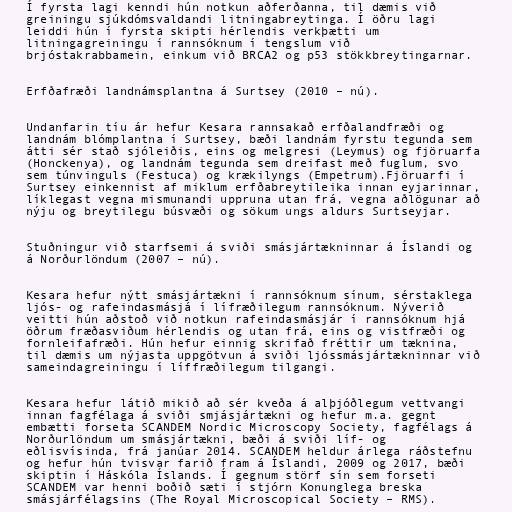
Í fyrsta lagi kenndi hún notkun aðferðanna, til dæmis við
greiningu sjúkdómsvaldandi litningabreytinga. Í öðru lagi
leiddi hún í fyrsta skipti hérlendis verkþætti um
litningagreiningu í rannsóknum í tengslum við
brjóstakrabbamein, einkum við BRCA2 og p53 stökkbreytingarnar.

Erfðafræði landnámsplantna á Surtsey (2010 – nú).

Undanfarin tíu ár hefur Kesara rannsakað erfðalandfræði og
landnám blómplantna í Surtsey, bæði landnám fyrstu tegunda sem
átti sér stað sjóleiðis, eins og melgresi (Leymus) og fjöruarfa
(Honckenya), og landnám tegunda sem dreifast með fuglum, svo
sem túnvinguls (Festuca) og krækilyngs (Empetrum).Fjöruarfi í
Surtsey einkennist af miklum erfðabreytileika innan eyjarinnar,
líklegast vegna mismunandi uppruna utan frá, vegna aðlögunar að
nýju og breytilegu búsvæði og sökum ungs aldurs Surtseyjar.

Stuðningur við starfsemi á sviði smásjártækninnar á Íslandi og
á Norðurlöndum (2007 – nú).

Kesara hefur nýtt smásjártækni í rannsóknum sínum, sérstaklega
ljós- og rafeindasmásjá í lífræðilegum rannsóknum. Nýverið
veitti hún aðstoð við notkun rafeindasmásjár í rannsóknum hjá
öðrum fræðasviðum hérlendis og utan frá, eins og vistfræði og
fornleifafræði. Hún hefur einnig skrifað fréttir um tæknina,
til dæmis um nýjasta uppgötvun á sviði ljóssmásjártækninnar við
sameindagreiningu í líffræðilegum tilgangi.

Kesara hefur látið mikið að sér kveða á alþjóðlegum vettvangi
innan fagfélaga á sviði smjásjártækni og hefur m.a. gegnt
embætti forseta SCANDEM Nordic Microscopy Society, fagfélags á
Norðurlöndum um smásjártækni, bæði á sviði líf- og
eðlisvísinda, frá janúar 2014. SCANDEM heldur árlega ráðstefnu
og hefur hún tvisvar farið fram á Íslandi, 2009 og 2017, bæði
skiptin í Háskóla Íslands. Í gegnum störf sín sem forseti
SCANDEM var henni boðið sæti í stjórn Konunglega breska
smásjárfélagsins (The Royal Microscopical Society – RMS).